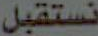
نستقبل